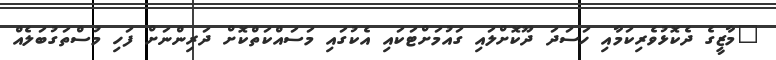
"މާޒީގެ ދެކޮޅުވެރިކަމާއި ހަސަދަ ދޫކޮށްލައި ގައުމަށްޓަކައި އެކުގައި މަސައްކަތްކޮށް ދަރިންނަށް ފަހި މުސްތަގުބަލެއް